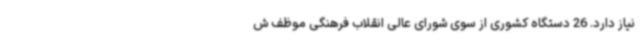
نیاز دارد. 26 دستگاه کشوری از سوی شورای عالی انقلاب فرهنگی موظف ش